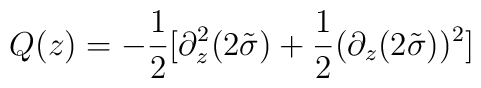
Q(z) =-\frac{1}{2}[\partial^2_z(2\tilde\sigma)+\frac{1}{2}(\partial_z(2\tilde\sigma))^2]